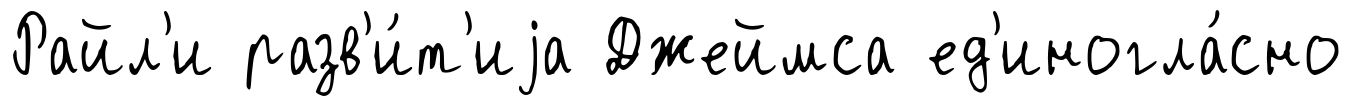
Райл'и разв'и́т'иjа Джеймса ед'иногла́сно